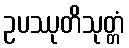
ဥပဿုတိသုတ္တံ